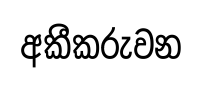
අකීකරුවන